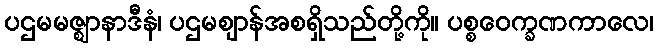
ပဌမမဇ္ဈာနာဒီနံ၊ ပဌမဈာန်အစရှိသည်တို့ကို။ ပစ္စဝေက္ခဏကာလေ၊